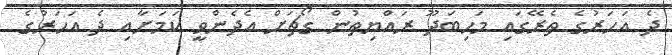
ދެ އަހަރުގެ ތެރޭގައި މަހިބަދޫ ރައްޔިތުން ގޯޗަށް އެދެންވީ ކަމަށާއި ދެ އަހަރުގެ